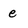
Character: e